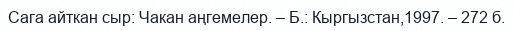
Сага айткан сыр: Чакан аңгемелер. – Б.: Кыргызстан,1997. – 272 б.